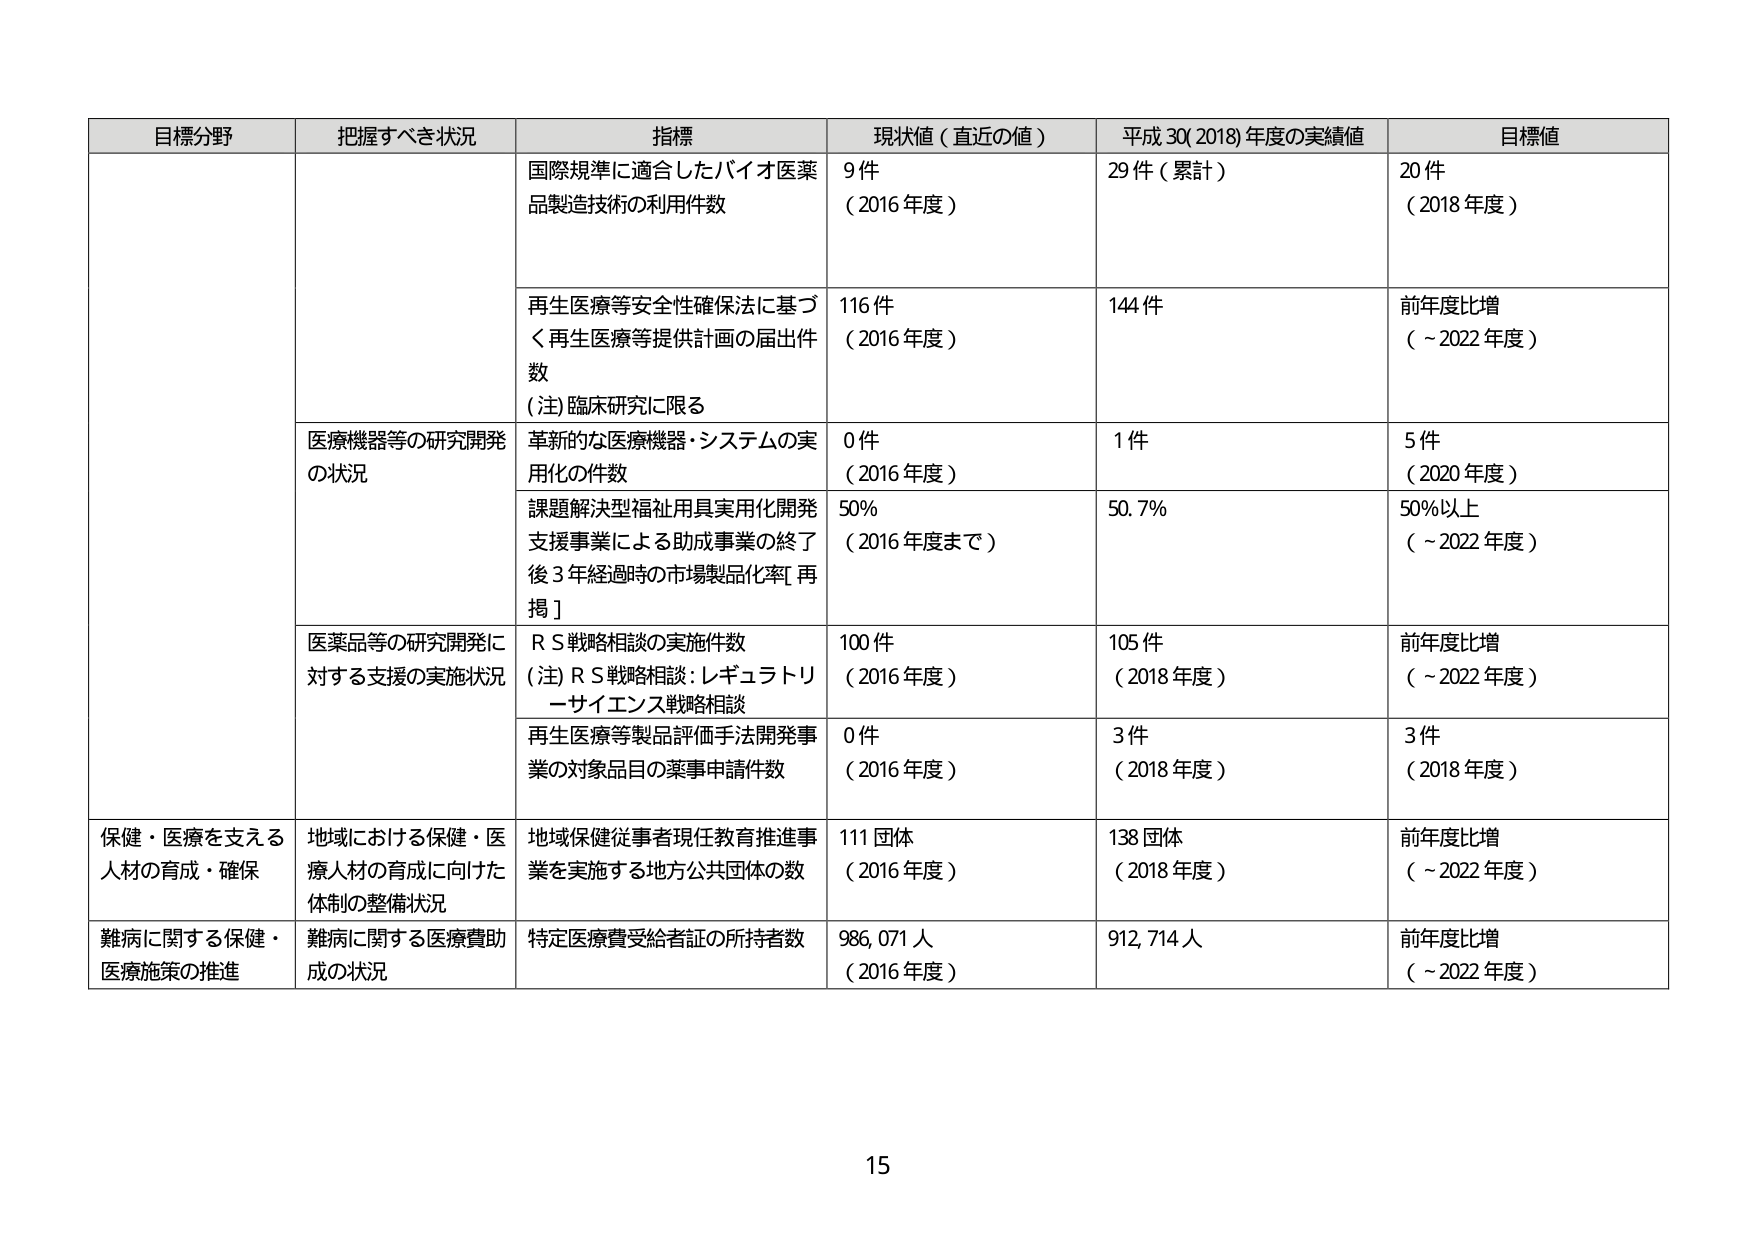
目標分野 把握すべき状況 指標 現状値（直近の値） 平成30（2018）年度の実績値 目標値
国際規準に適合したバイオ医薬品製造技術の利用件数 9件 （2016年度） 29件（累計） 20件 （2018年度）
再生医療等安全性確保法に基づく再生医療等提供計画の届出件数 （注）臨床研究に限る 116件 （2016年度） 144件 前年度比増 （～2022年度）
医療機器等の研究開発の状況 革新的な医療機器・システムの実用化の件数 0件 （2016年度） 1件 5件 （2020年度）
課題解決型福祉用具実用化開発支援事業による助成事業の終了後3年経過時の市場製品化率［再掲］ 50% （2016年度まで） 50.7% 50%以上 （～2022年度）
医薬品等の研究開発に対する支援の実施状況 ＲＳ戦略相談の実施件数 （注）ＲＳ戦略相談：レギュラトリーサイエンス戦略相談 100件 （2016年度） 105件 （2018年度） 前年度比増 （～2022年度）
再生医療等製品評価手法開発事業の対象品目の薬事申請件数 0件 （2016年度） 3件 （2018年度） 3件 （2018年度）
保健・医療を支える人材の育成・確保 地域における保健・医療人材の育成に向けた体制の整備状況 地域保健従事者現任教育推進事業を実施する地方公共団体の数 111団体 （2016年度） 138団体 （2018年度） 前年度比増 （～2022年度）
難病に関する保健・医療施策の推進 難病に関する医療費助成の状況 特定医療費受給者証の所持者数 986,071人 （2016年度） 912,714人 前年度比増 （～2022年度）
15